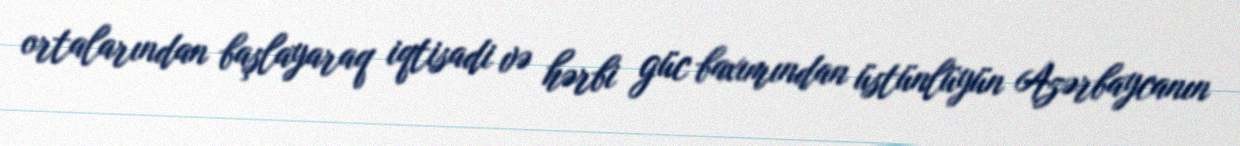
ortalarından başlayaraq iqtisadi və hərbi güc baxımından üstünlüyün Azərbaycanın